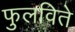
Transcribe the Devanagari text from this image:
फुलविते